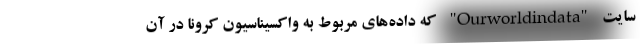
سایت "Ourworldindata" که داده‌های مربوط به واکسیناسیون کرونا در آن